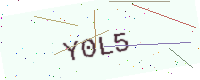
Text: Y0L5